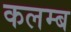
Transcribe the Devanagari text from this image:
कलम्ब